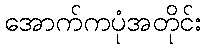
အောက်ကပုံအတိုင်း